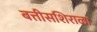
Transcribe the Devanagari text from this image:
बत्तीसशिराळा